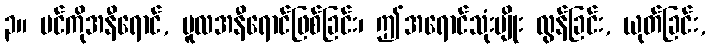
၃။ ပင်ကိုအနီရောင်, မူလအနီရောင်ဖြစ်ခြင်း၊ ဤအရောင်သုံးမျိုး လွန်ခြင်း, ယုတ်ခြင်း,